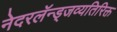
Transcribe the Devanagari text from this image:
नेदरलॅन्ड्जव्यतिरिक्त